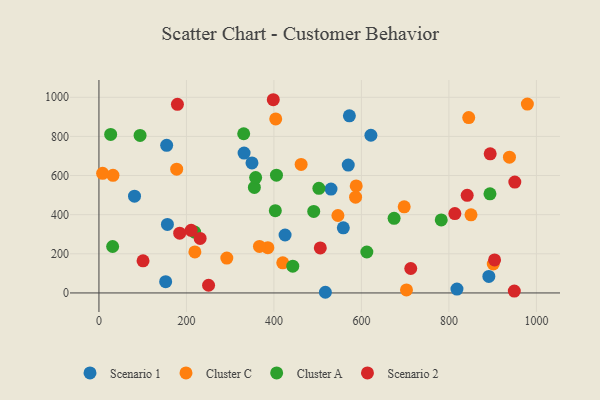
{"axis": {"x": "Ad Spend", "y": "Sales"}, "legend": ["Cluster A", "Cluster C", "Scenario 1", "Scenario 2"], "data": [{"x": "891.3", "y": 84.6, "type": "Scenario 1"}, {"x": "517.6", "y": 3.4, "type": "Scenario 1"}, {"x": "530.5", "y": 530.8, "type": "Scenario 1"}, {"x": "569.9", "y": 653.3, "type": "Scenario 1"}, {"x": "154.8", "y": 754.4, "type": "Scenario 1"}, {"x": "156.5", "y": 350.3, "type": "Scenario 1"}, {"x": "331.8", "y": 714.8, "type": "Scenario 1"}, {"x": "425.5", "y": 296.2, "type": "Scenario 1"}, {"x": "572.5", "y": 904.9, "type": "Scenario 1"}, {"x": "621.7", "y": 805.8, "type": "Scenario 1"}, {"x": "818.4", "y": 19.6, "type": "Scenario 1"}, {"x": "81.3", "y": 494.6, "type": "Scenario 1"}, {"x": "152.5", "y": 57.8, "type": "Scenario 1"}, {"x": "349.8", "y": 664.2, "type": "Scenario 1"}, {"x": "558.6", "y": 332.8, "type": "Scenario 1"}, {"x": "292.3", "y": 178.3, "type": "Cluster C"}, {"x": "850.5", "y": 399.0, "type": "Cluster C"}, {"x": "177.7", "y": 632.4, "type": "Cluster C"}, {"x": "420.2", "y": 153.8, "type": "Cluster C"}, {"x": "703.0", "y": 15.4, "type": "Cluster C"}, {"x": "386.1", "y": 231.5, "type": "Cluster C"}, {"x": "588.1", "y": 547.0, "type": "Cluster C"}, {"x": "32.1", "y": 601.0, "type": "Cluster C"}, {"x": "404.1", "y": 889.1, "type": "Cluster C"}, {"x": "546.3", "y": 395.8, "type": "Cluster C"}, {"x": "219.3", "y": 209.5, "type": "Cluster C"}, {"x": "979.4", "y": 965.3, "type": "Cluster C"}, {"x": "938.4", "y": 693.6, "type": "Cluster C"}, {"x": "366.9", "y": 237.8, "type": "Cluster C"}, {"x": "901.4", "y": 147.9, "type": "Cluster C"}, {"x": "586.7", "y": 489.5, "type": "Cluster C"}, {"x": "845.3", "y": 896.1, "type": "Cluster C"}, {"x": "462.2", "y": 656.6, "type": "Cluster C"}, {"x": "8.4", "y": 611.3, "type": "Cluster C"}, {"x": "697.8", "y": 439.9, "type": "Cluster C"}, {"x": "355.3", "y": 539.4, "type": "Cluster A"}, {"x": "405.8", "y": 601.9, "type": "Cluster A"}, {"x": "403.2", "y": 420.5, "type": "Cluster A"}, {"x": "330.9", "y": 813.4, "type": "Cluster A"}, {"x": "26.8", "y": 810.0, "type": "Cluster A"}, {"x": "31.3", "y": 237.4, "type": "Cluster A"}, {"x": "94.0", "y": 805.2, "type": "Cluster A"}, {"x": "612.4", "y": 209.2, "type": "Cluster A"}, {"x": "674.7", "y": 381.4, "type": "Cluster A"}, {"x": "502.8", "y": 534.7, "type": "Cluster A"}, {"x": "358.2", "y": 589.6, "type": "Cluster A"}, {"x": "782.5", "y": 373.3, "type": "Cluster A"}, {"x": "491.0", "y": 416.8, "type": "Cluster A"}, {"x": "893.9", "y": 506.6, "type": "Cluster A"}, {"x": "218.8", "y": 311.0, "type": "Cluster A"}, {"x": "443.1", "y": 137.0, "type": "Cluster A"}, {"x": "179.4", "y": 964.0, "type": "Scenario 2"}, {"x": "100.8", "y": 164.0, "type": "Scenario 2"}, {"x": "712.8", "y": 124.9, "type": "Scenario 2"}, {"x": "210.8", "y": 320.0, "type": "Scenario 2"}, {"x": "231.3", "y": 278.4, "type": "Scenario 2"}, {"x": "184.6", "y": 305.3, "type": "Scenario 2"}, {"x": "506.0", "y": 230.2, "type": "Scenario 2"}, {"x": "398.5", "y": 987.4, "type": "Scenario 2"}, {"x": "950.7", "y": 566.7, "type": "Scenario 2"}, {"x": "949.5", "y": 9.3, "type": "Scenario 2"}, {"x": "904.4", "y": 168.9, "type": "Scenario 2"}, {"x": "894.4", "y": 710.7, "type": "Scenario 2"}, {"x": "250.6", "y": 39.3, "type": "Scenario 2"}, {"x": "841.8", "y": 498.9, "type": "Scenario 2"}, {"x": "813.6", "y": 405.6, "type": "Scenario 2"}]}